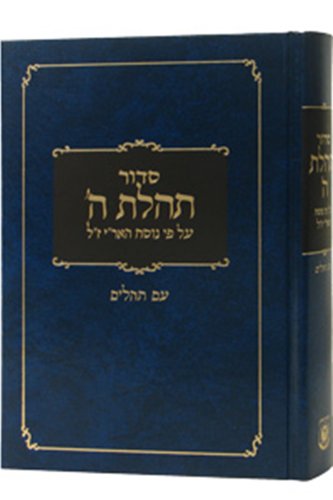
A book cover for Siddur Tehillat Hashem With Tehillim, Newly Typeset (Hebrew Edition); Rabbi Schneur Zalman of Liadi; Religion & Spirituality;